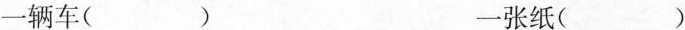
一辆车( ) 一张纸( )